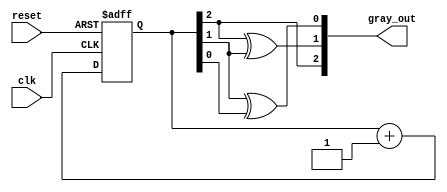
module gray_code_async_counter (
    input wire clk,           // Clock input
    input wire reset,         // Asynchronous reset input
    output reg [2:0] gray_out // 3-bit Gray Code output
);

// Internal signals to hold the binary representation
reg [2:0] binary_count;

// Asynchronous reset and Gray Code counting logic
always @(posedge clk or posedge reset) begin
    if (reset) begin
        binary_count <= 3'b000; // Reset to binary 0
    end else begin
        // Increment the binary count
        binary_count <= binary_count + 1;
    end
end

// Combinational logic to convert binary count to Gray Code
always @(*) begin
    gray_out[2] = binary_count[2]; // MSB remains the same
    gray_out[1] = binary_count[2] ^ binary_count[1]; // XOR for second bit
    gray_out[0] = binary_count[1] ^ binary_count[0]; // XOR for LSB
end

endmodule